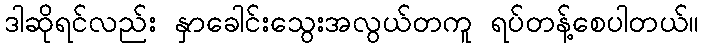
ဒါဆိုရင်လည်း နှာခေါင်းသွေးအလွယ်တကူ ရပ်တန့်စေပါတယ်။